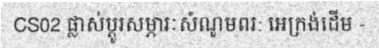
CS02 ផ្លាស់ប្តូរសម្ភារៈសំណូមពរ: អេក្រង់ដើម -